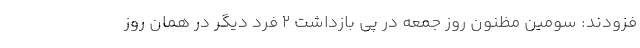
فزودند: سومین مظنون روز جمعه در پی بازداشت ۲ فرد دیگر در همان روز